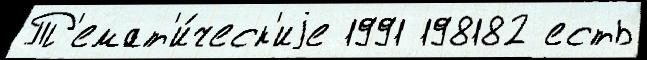
Т'емат'и́ческ'иjе 1991 198182 есть